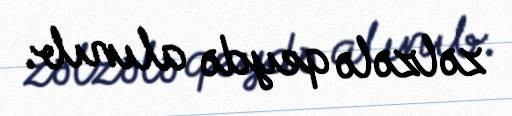
zəlzələ qeydə alınıb.